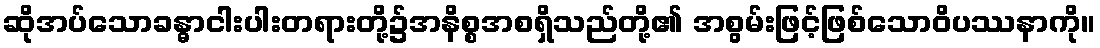
ဆိုအပ်သောခန္ဓာငါးပါးတရားတို့၌အနိစ္စအစရှိသည်တို့၏ အစွမ်းဖြင့်ဖြစ်သောဝိပဿနာကို။